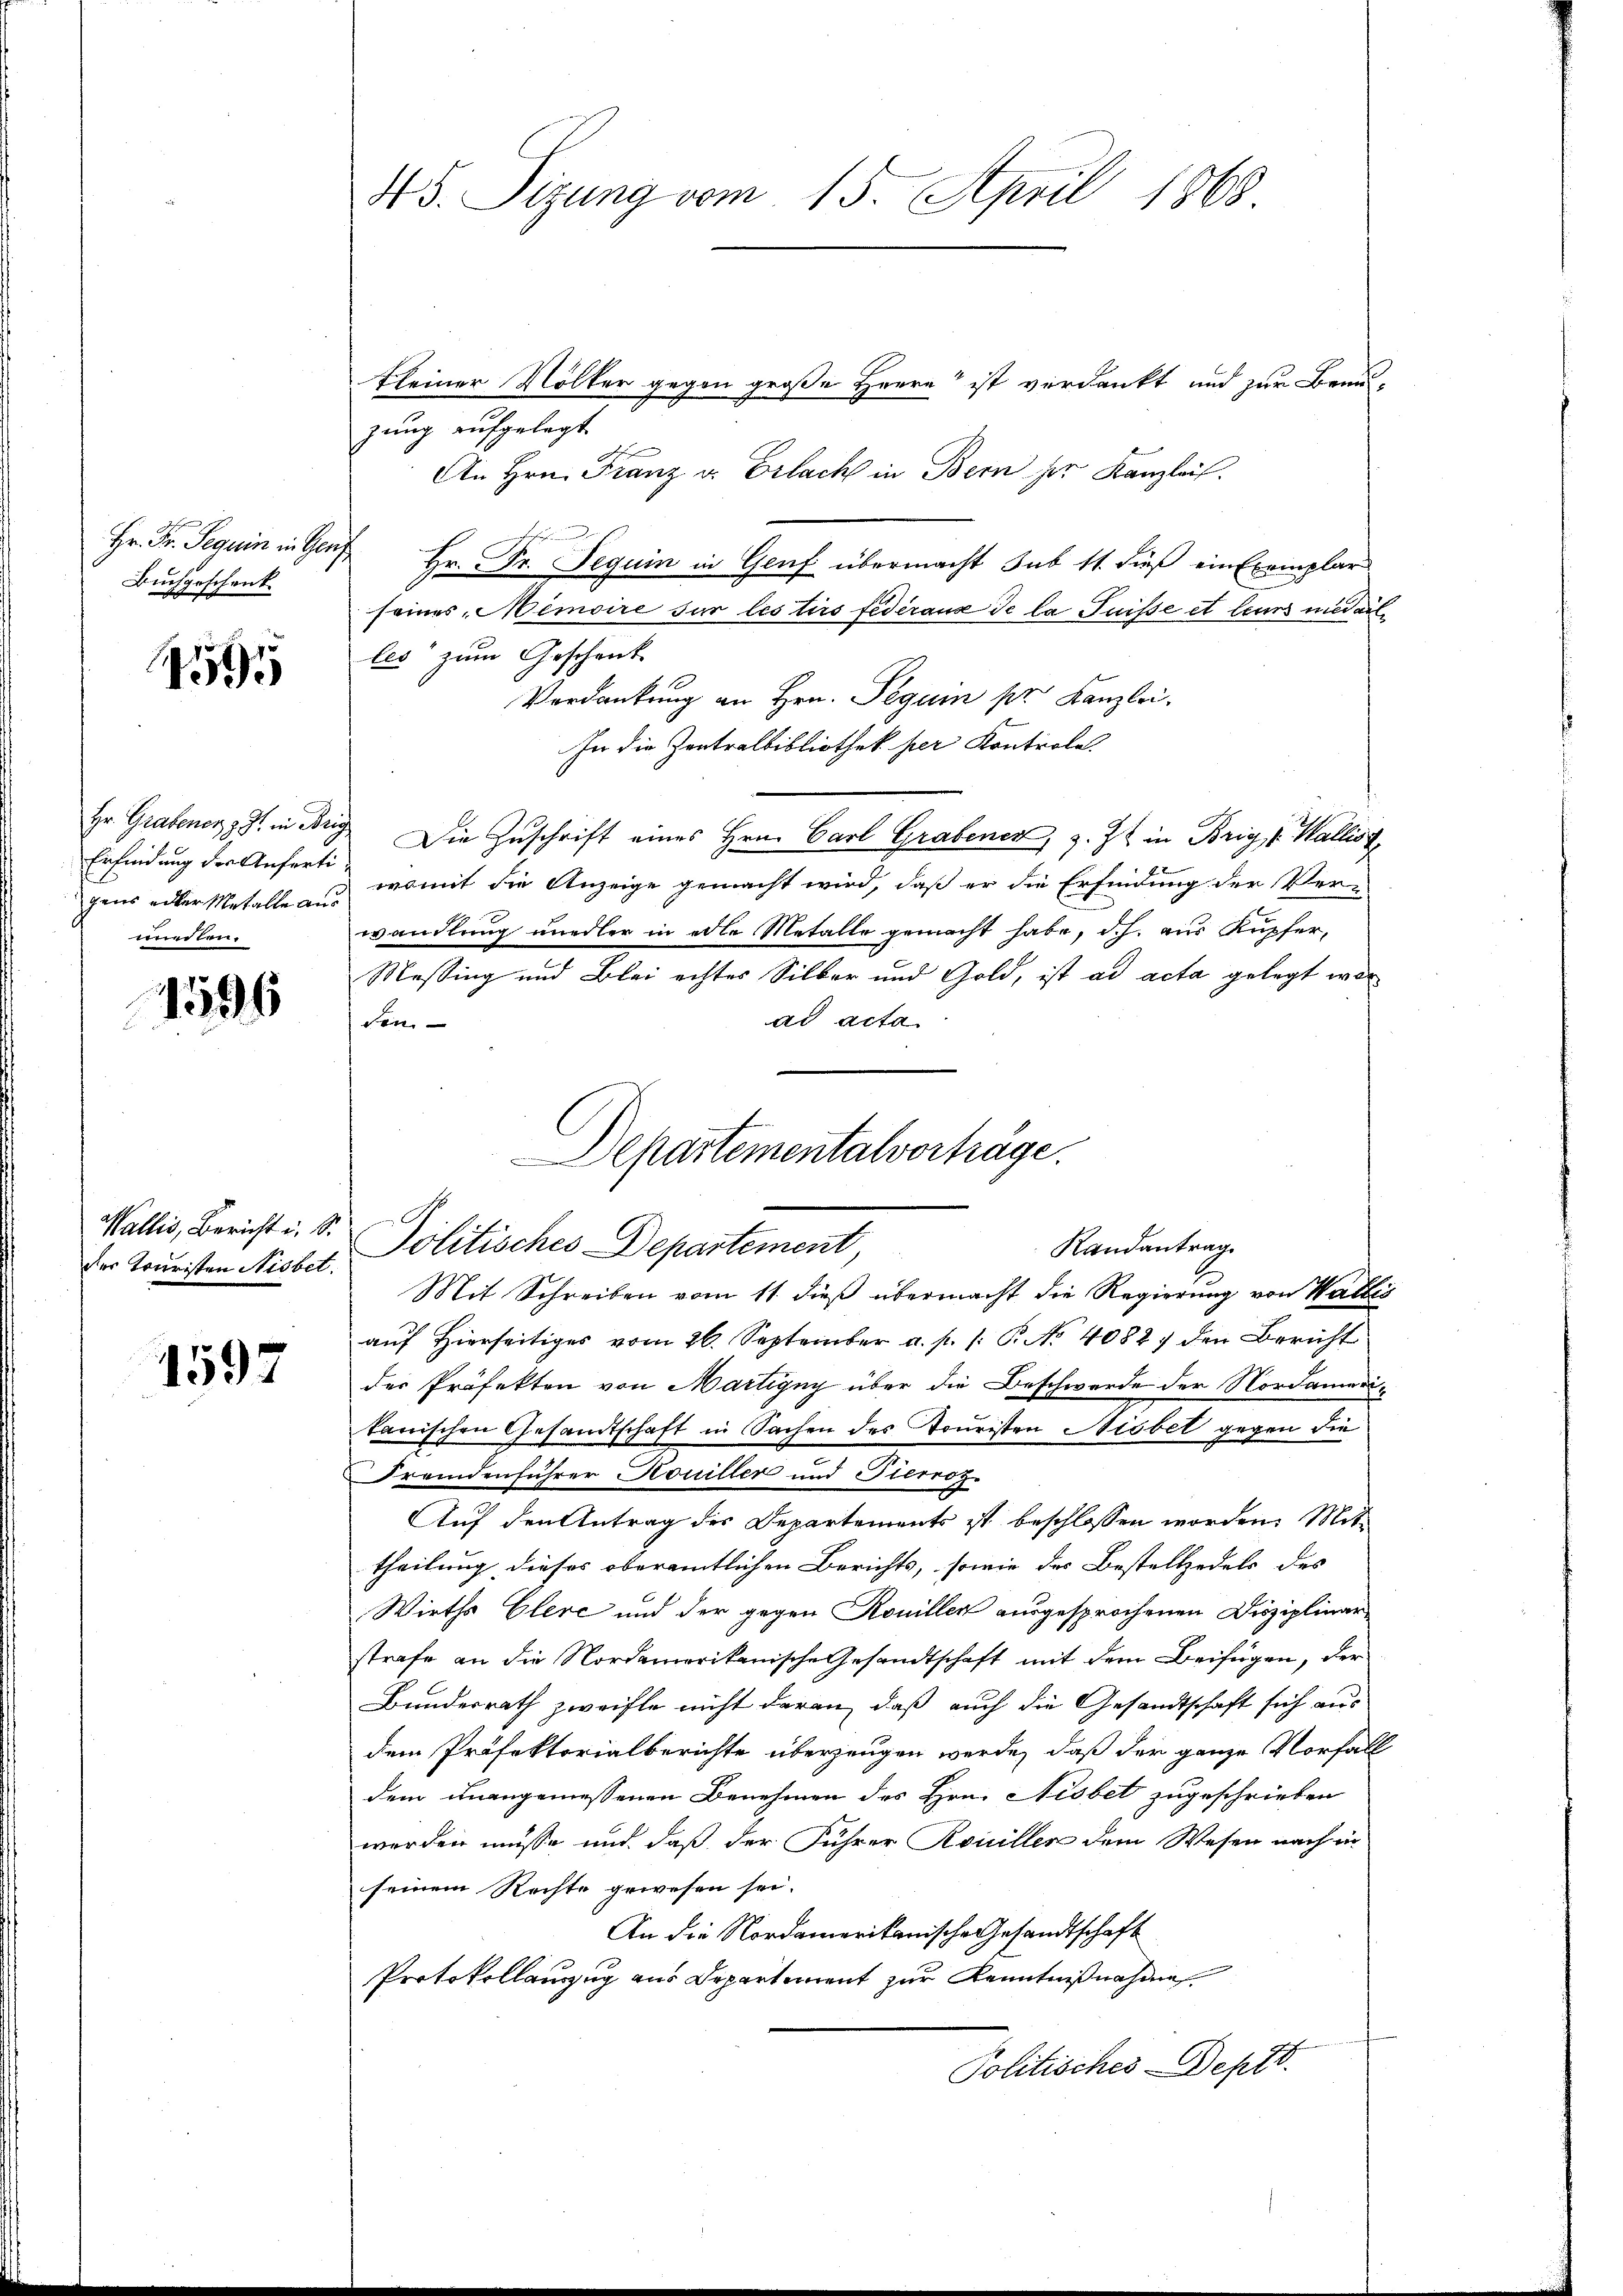
Buchgeschenk

1595

gens edler Metalle aus
mesten.

1596

der Truristen Nisbet.

1597

45. Sizung vom 15. April 1868

Kleiner Völker gegen große Herrn ist verdankt und zur Been
zung aufgelegt.
An Hrn. Franz u. Erlach in Bern her Kanzlei.
Hr. Fr. Seguin in Genf Hr. Fr. Seguin in Genf übermacht sub 11. dieß ein Exemplar
seines Memoire sur les tirs federaus de la Puisse et leurs medail
les zum Geschenk
Verdankung an Hrn. Peguin pr. Kanzlei.
In die Zentralbibliothek per Kontrole.
Hr. Grabener, J. in Brig Die Zuschrift eines Hrn. Carl Grabener, z. Zt. in Brig, v. Kallist
Erfindung der Anferti, womit die Anzeige gemacht wird, daß er die Erfindung der Verwandlung niedler in edle Metalle gemacht habe, d.h. aus Kupfer,
Messing und Blei echtes Silber und Gold, ist ad acta gelegt wor
ad acta
den
Mit Schreiben vom 11. dieß übermacht die Regierung von Wallis
auf Hierseitiges vom 26. September a. p. 1. P. No 40827 den Bericht
der Präfekten von Martigny über die Beschwerde der Nordameritanischen Gesandtschaft in Sachen des Touristen Nisbet gegen die
Fremdenführer Kouiller und Pierroz.
Auf den Antrag des Departements ist beschlossen worden. Mit
theilung dieses oberamtlichen Berichts, sowie des Bestelledels des
Wirths Elere und der gegen Roniller ausgesprochenen Disziplinar
strafe an die Nordamerikanische Gesandtschaft mit dem Beifügen, der
Bundesrath zweifle nicht daran, daß auch die Gesandtschaft sich aus
dem Präfektorialberichte überzeugen werde, daß der ganze Vorfall
dem unangemessenen Benehmen des Hrn. Nisbet zugeschrieben
werden müsse und daß der Führer Rouillen dem Wesen nach un
seinem Rechte gewesen sei.
An die Nordamerikanische Gesandtschaft
Protokollauszug aus Departement zur Kenntnißnahme
Politisches Deptt.

Departementalverträge.
Wallis, Bericht u. S. Politisches Departement,
Randantrag